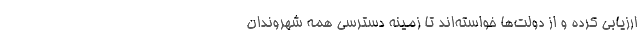
ارزیابی کرده و از دولت‌ها خواسته‌اند تا زمینه دسترسی همه شهروندان